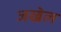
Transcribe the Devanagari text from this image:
जखेल